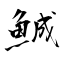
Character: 鯎